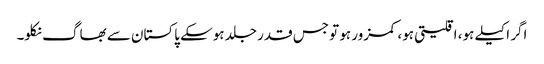
اگر اکیلے ہو، اقلیتی ہو، کمزور ہو تو جس قدر جلد ہوسکے پاکستان سے بھاگ نکلو۔